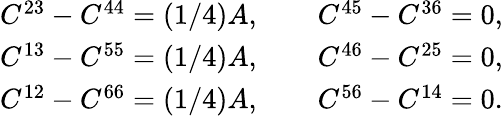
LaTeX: \begin{array}{r}{C^{23}-C^{44}=(1/4)A,\qquad C^{45}-C^{36}=0,}\\ {C^{13}-C^{55}=(1/4)A,\qquad C^{46}-C^{25}=0,}\\ {C^{12}-C^{66}=(1/4)A,\qquad C^{56}-C^{14}=0.}\end{array}